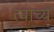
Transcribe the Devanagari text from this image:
त्याच्य